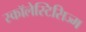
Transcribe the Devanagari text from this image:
स्कॉलेस्टिसिज्म